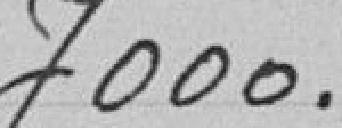
7000.